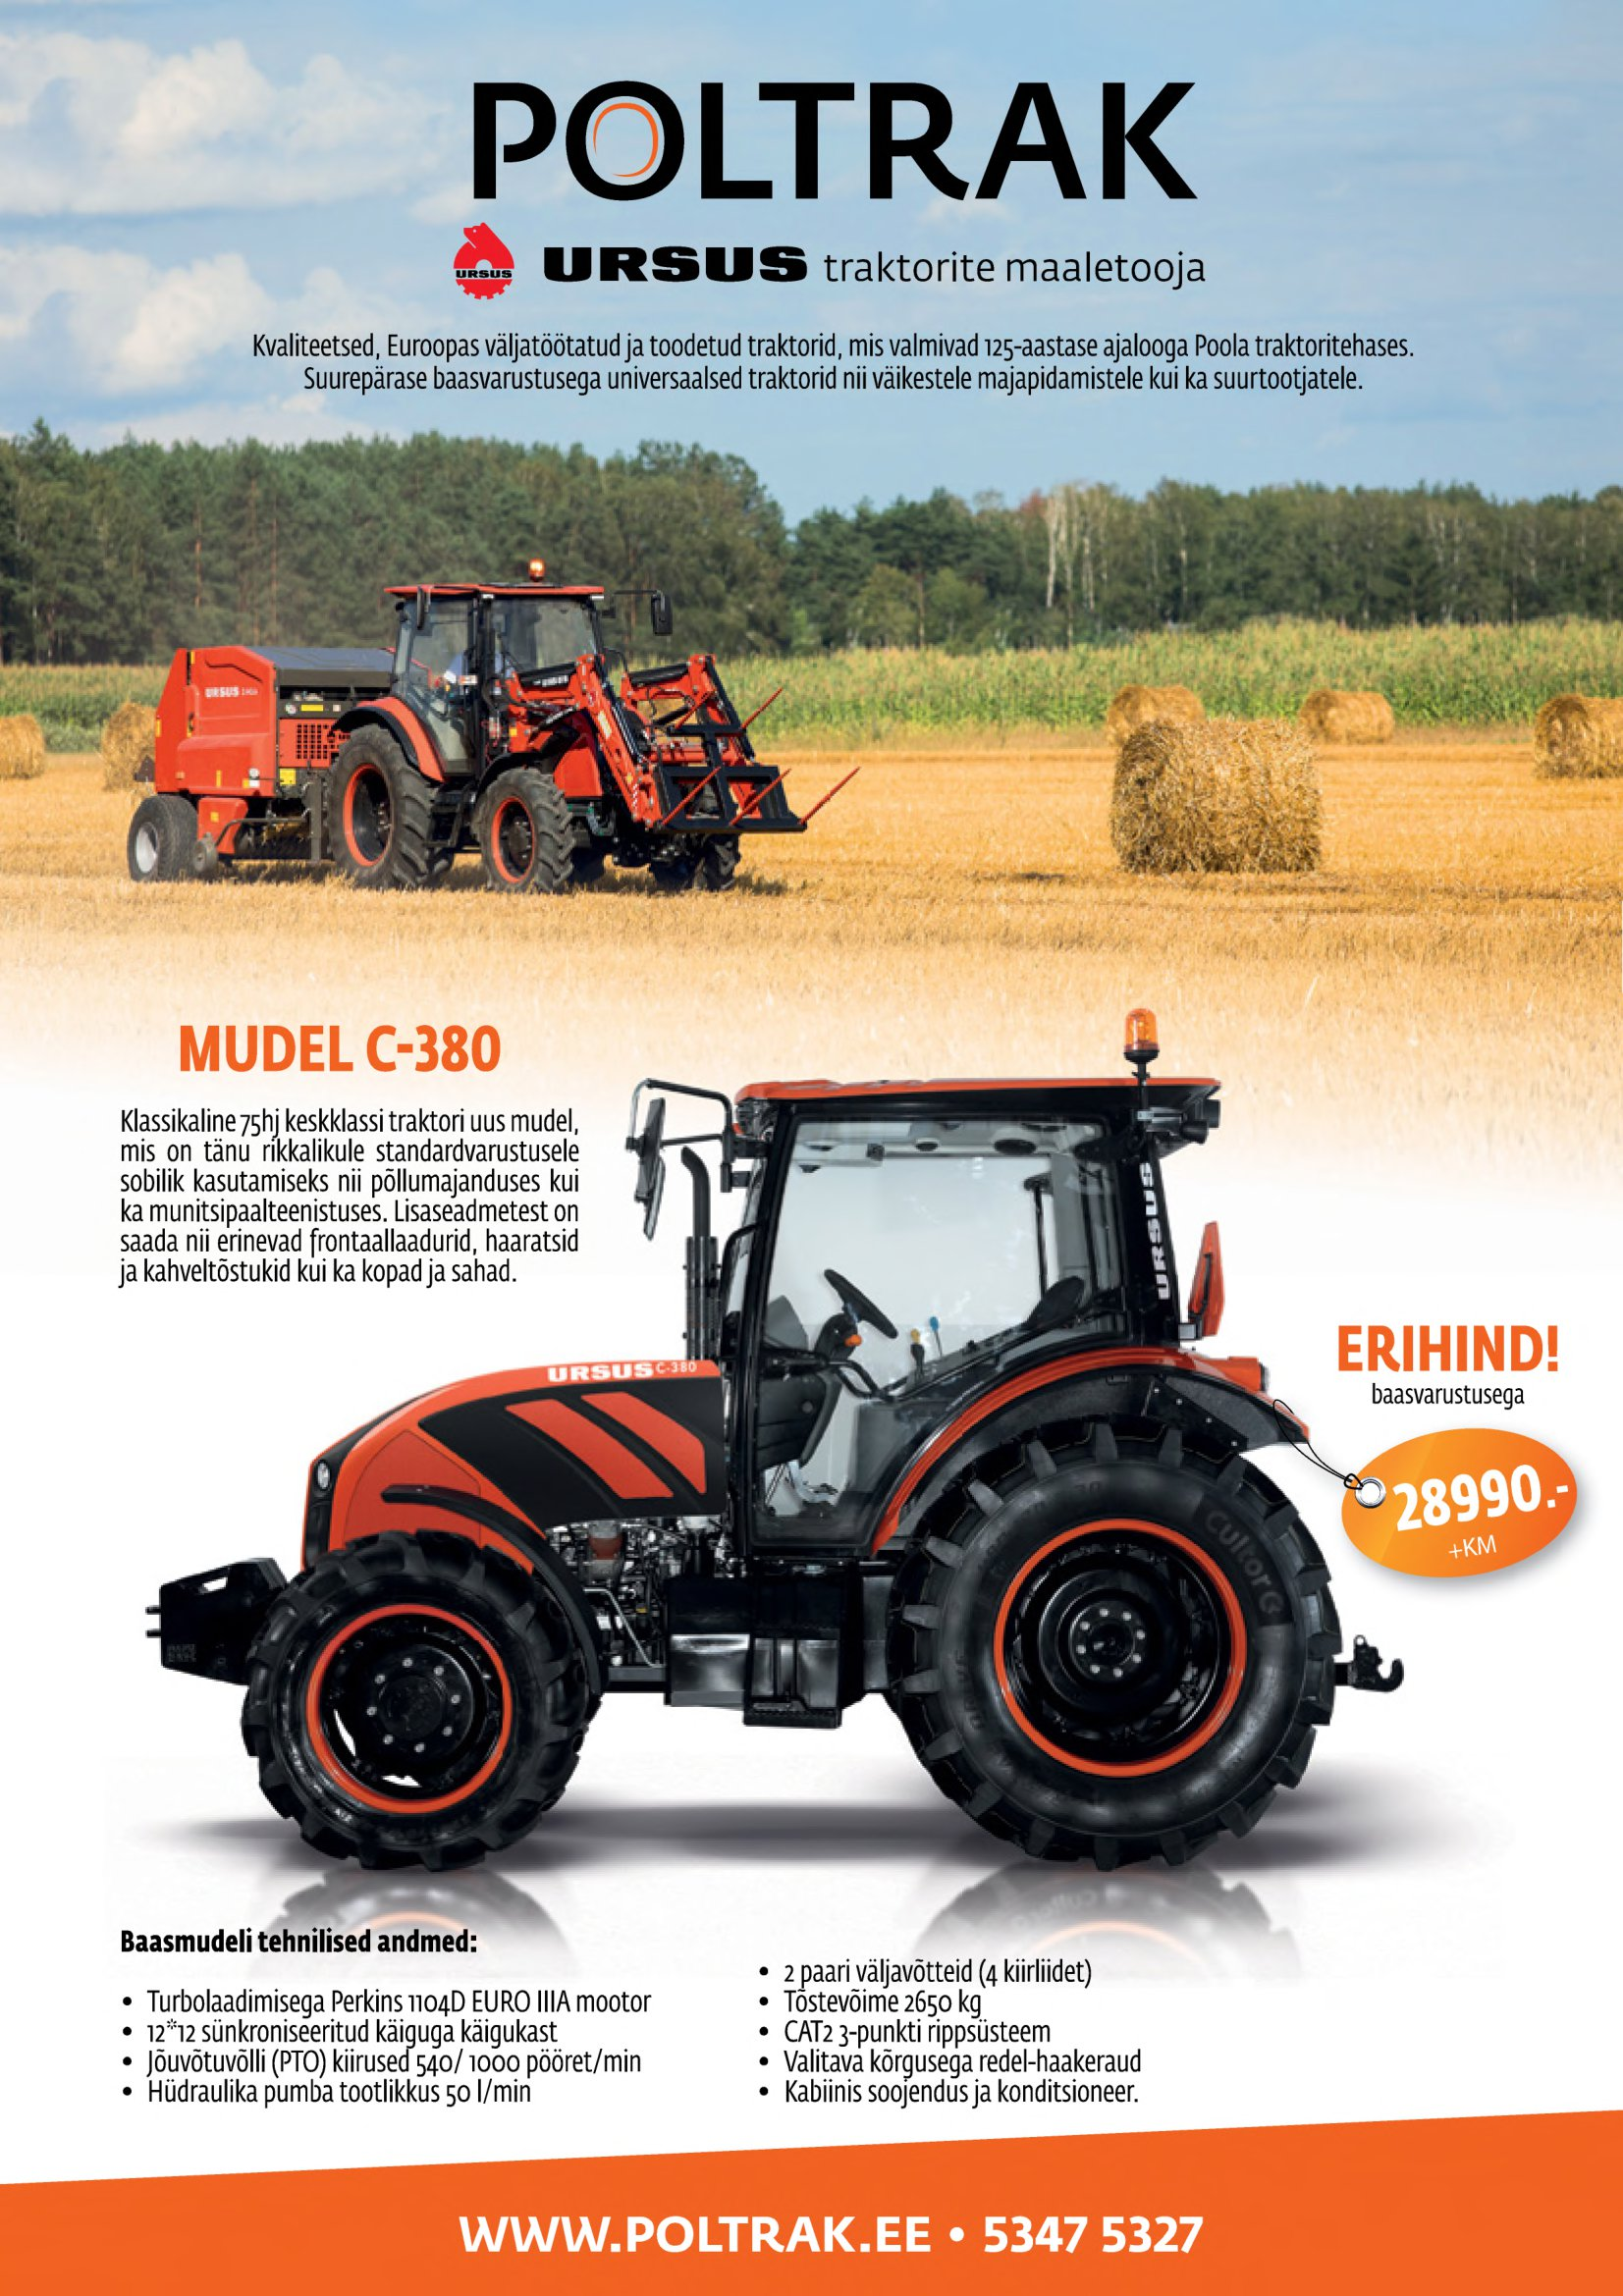
Language: et